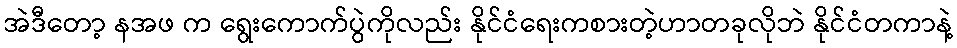
အဲဒီတော့ နအဖ က ရွေးကောက်ပွဲကိုလည်း နိုင်ငံရေးကစားတဲ့ဟာတခုလိုဘဲ နိုင်ငံတကာနဲ့